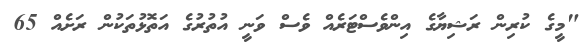
"މީގެ ކުރިން ރަޝިޔާގެ އިންވެސްޓަރެއް ވެސް ވަނީ އުތުރުގެ އަތޮޅުތަކުން ރަށެއް 65